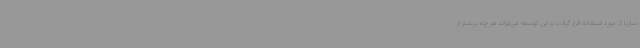
ساریا 3 مورد استفاده قرار گرفت و این توسعه می‌تواند هر چه بیشتر از